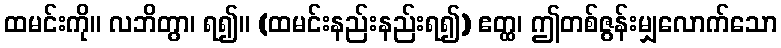
ထမင်းကို။ လဘိတွာ၊ ရ၍။ (ထမင်းနည်းနည်းရ၍) ဧတ္ထ၊ ဤတစ်ဇွန်းမျှလောက်သော